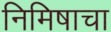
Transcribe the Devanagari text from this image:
निमिषाचा